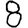
Digit: 8